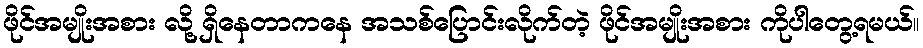
ဖိုင်အမျိုးအစား လို့ ရှိနေတာကနေ အသစ်ပြောင်းလိုက်တဲ့ ဖိုင်အမျိုးအစား ကိုပါတွေ့ရမယ်။